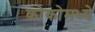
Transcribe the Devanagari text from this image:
कोकोमध्ये